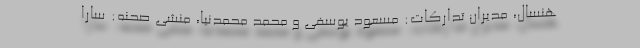
هنسال، مدیران تدارکات: مسعود یوسفی و محمد محمدنیا، منشی صحنه: سارا